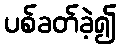
ပစ်ခတ်ခဲ့၍